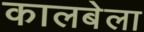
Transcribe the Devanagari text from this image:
कालबेला